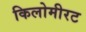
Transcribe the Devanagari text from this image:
किलोमीरट